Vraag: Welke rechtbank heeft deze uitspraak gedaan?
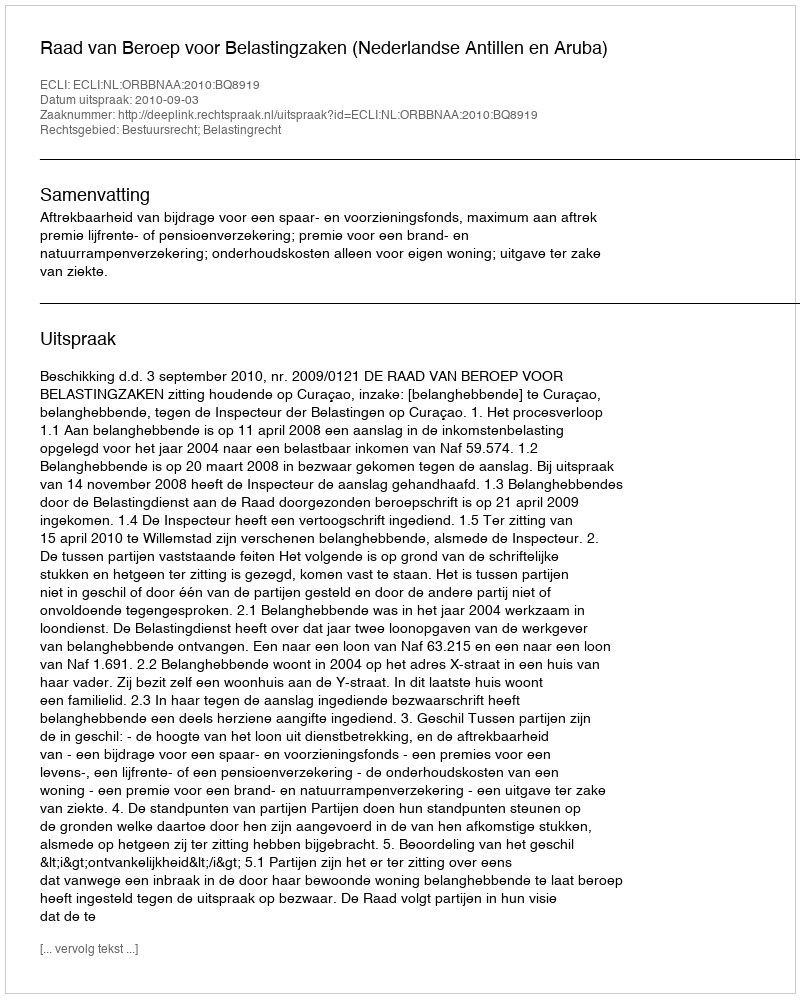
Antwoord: Raad van Beroep voor Belastingzaken (Nederlandse Antillen en Aruba)